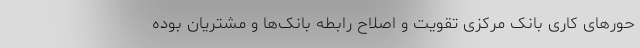
حورهای کاری بانک مرکزی تقویت و اصلاح رابطه بانک‌ها و مشتریان بوده